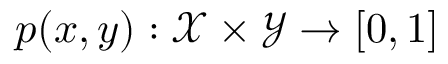
p ( x , y ) : \mathcal { X } \times \mathcal { Y } \rightarrow [ 0 , 1 ]